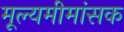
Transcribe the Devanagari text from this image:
मूल्यमीमांसक